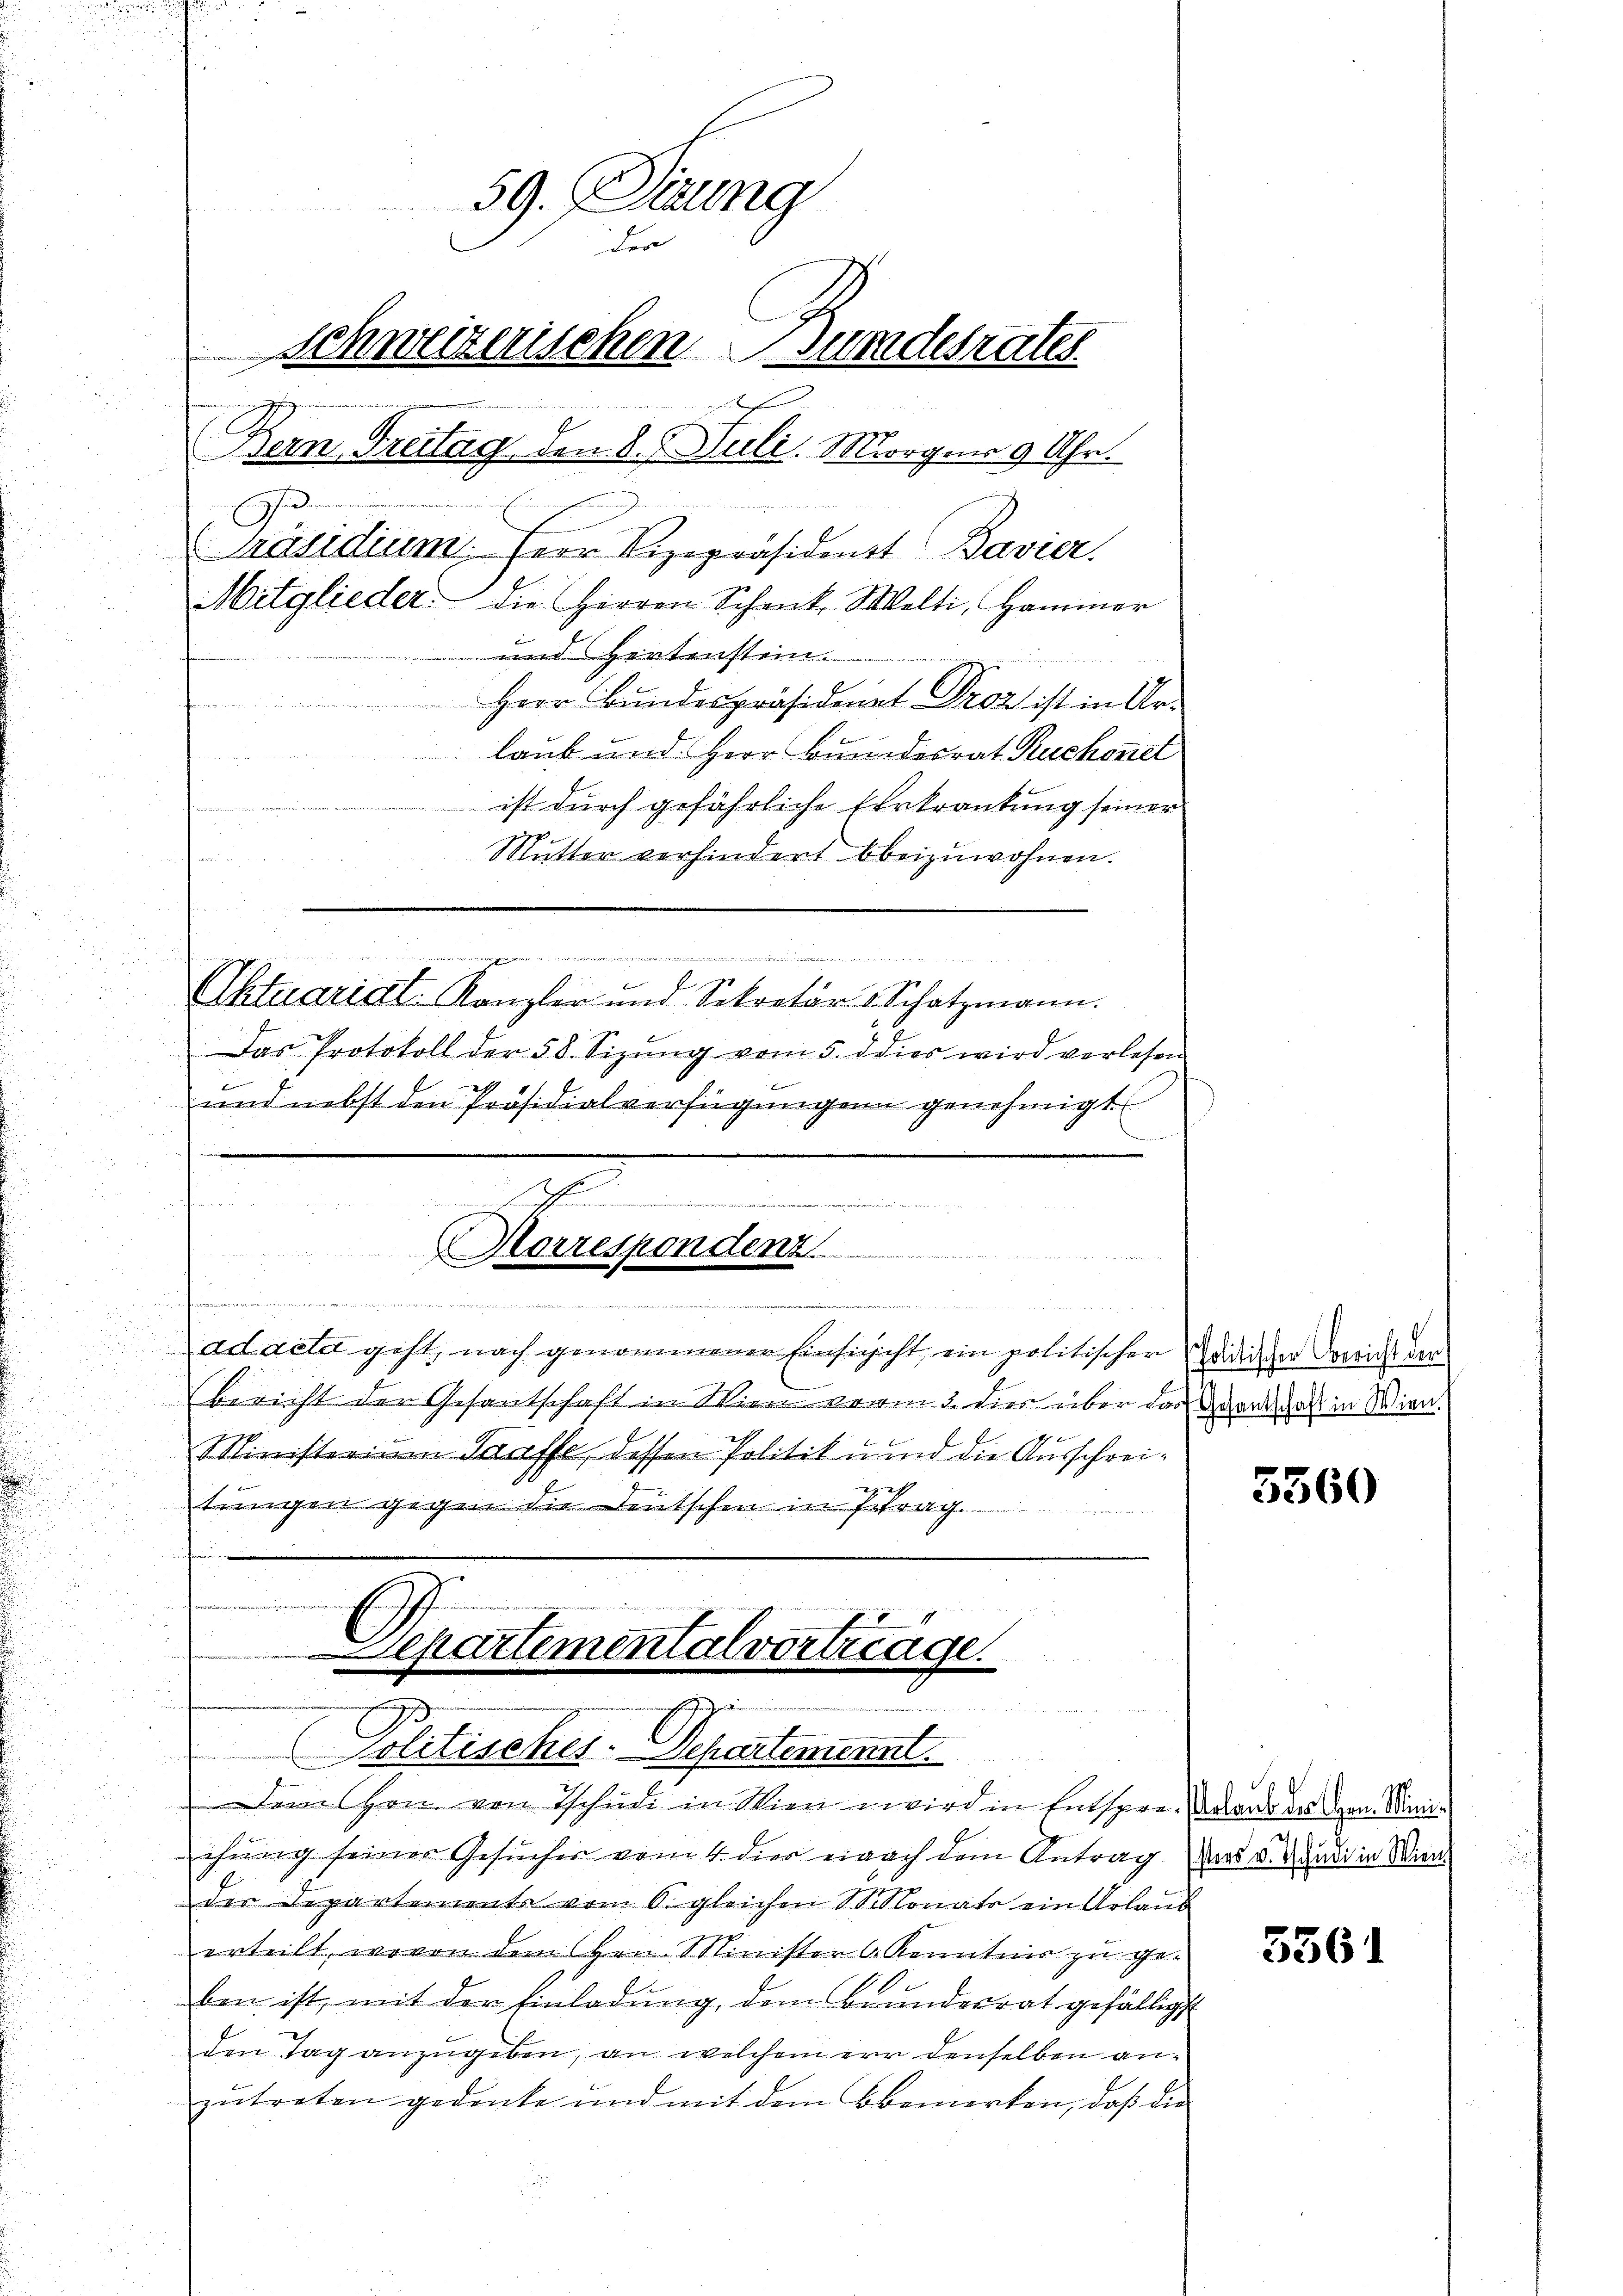
59. Sizung
der
Schweizerischen Gundesrates
seigen

sern Freitag den 8. Juli. Morgen 9 Uhr.
wir mich den erach
e
Präsidium, Herr Vizepräsident Bavier.
Mitglieder die Herren Schank. Welti, Hammer
und Hertenstein.
Herr Bundespräsident Droz ist in Ur-
laub und Herr Bundesrat Ruchone
ist durch gefährliche Erkrankung seiner
Mutter verhindert beizuwohnen.

ir reiner werden zu

u

.

ad acta geht, nach genommenen Einsichicht, ein politischen Ididischer Bericht der
Bericht der Gesantschaft in Wien vom 3. dies über das ganz haft in Wien.
Ministerium Staffe, dessen Politik u und die Ausschreitungen gegen die Deutschen in Betrag.
u
n
u

s
Aktuariat-Kanzler und Sekretär 1 Schatzmann.
Das Protokoll der 58. Sizŭng vom 5. d dies wird verlesen

und nebst den Präsidialverfügungen genehmigt
Frenen
g
Horrespondenz

u
chung seiner Gesucher vom 4. dies einach dem Antrag es u. Muri in Wiender Departements vom 6. gleichen St. Monats ein Urlaub
erteilt, wovon dem Hrn. Minister Kenntnis zu ge-
ben ist, mit der Einladung, dem Brundesrat gefälligt
den Tag anzugeben, an welchem er denselben anzŭtreten gedenke und mit dem bemerken, daß die

Departemental vortrage
zu
e
Politisches-Departement
Dem Hrn. von Tschule in Wien wird in Entspre-Daraus des von Mini¬

5360

5361